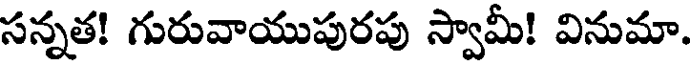
సన్నత! గురువాయుపురపు స్వామీ! వినుమా.